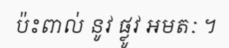
ប៉ះពាល់ នូវ ផ្លូវ អមតៈ ។